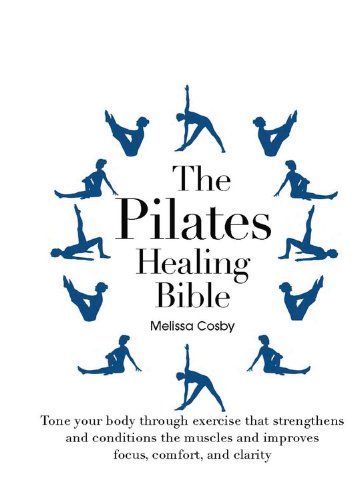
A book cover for The Pilates Healing Bible: Tone Your Body with This Gentle, Effective Exercise System that Strengthens and Conditions the Muscles and Improves Posture and Breathing; Melissa Cosby; Health, Fitness & Dieting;